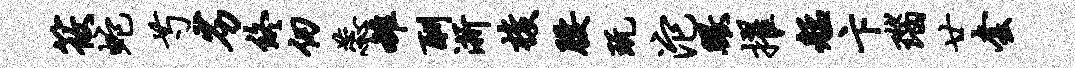
筱蛇芍劣终仞蕊雒酬浙梭腰玩沱瞰擢艋卞瑙廿套